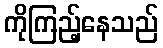
ကိုကြည့်နေသည်